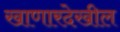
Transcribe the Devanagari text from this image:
खाणारदेखील